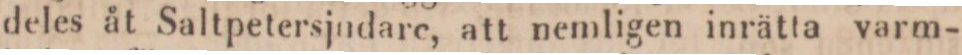
deles åt Saltpetersjndare, att nemligen inrätta varm-